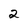
Character: 2